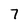
Character: 7